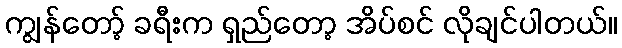
ကျွန်တော့် ခရီးက ရှည်တော့ အိပ်စင် လိုချင်ပါတယ်။